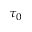
\tau _ { 0 }